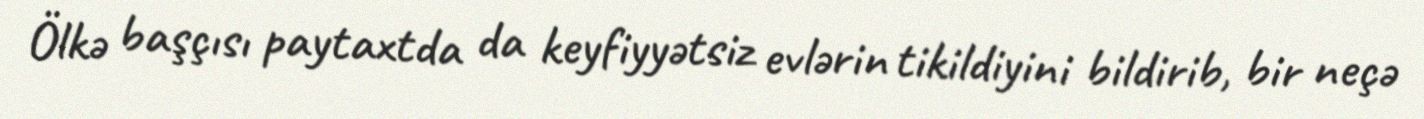
Ölkə başçısı paytaxtda da keyfiyyətsiz evlərin tikildiyini bildirib, bir neçə